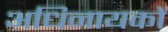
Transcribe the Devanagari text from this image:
अधिनायकों